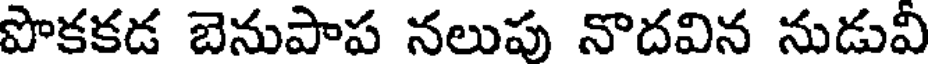
పొకకడ బెనుపాప నలుపు నొదవిన నుడువి